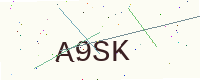
Text: A9SK